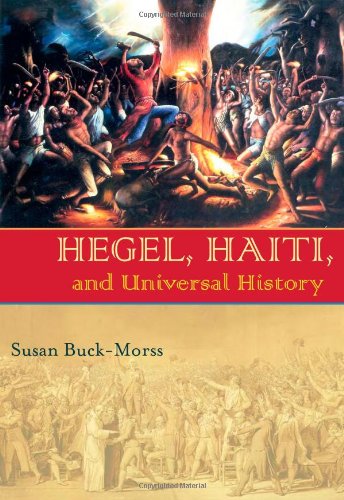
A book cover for Hegel, Haiti, and Universal History (Pitt Illuminations); Susan Buck-Morss; Politics & Social Sciences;